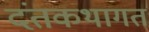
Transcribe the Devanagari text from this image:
दंतकथागत